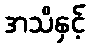
အသိနှင့်